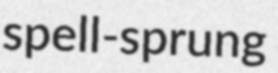
spell-sprung